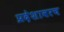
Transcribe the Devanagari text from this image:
प्रदेशावरच